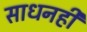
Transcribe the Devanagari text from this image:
साधनही